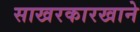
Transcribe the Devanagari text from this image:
साखरकारखाने